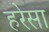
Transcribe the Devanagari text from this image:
हरेसा